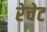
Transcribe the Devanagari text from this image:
रेचेट